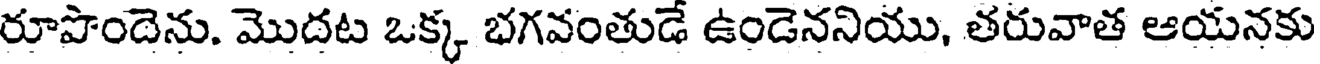
రూపొందెను. మొదట ఒక్క భగవంతుడే ఉండెననియు, తరువాత ఆయనకు